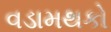
વડામથકો